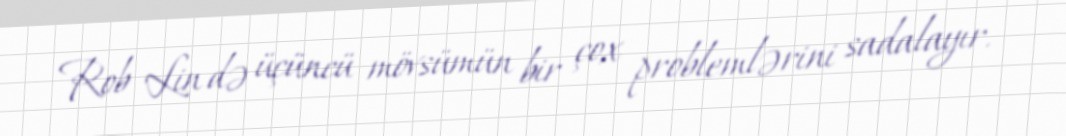
Rob Lin də üçüncü mövsümün bir çox problemlərini sadalayır.